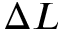
\Delta L